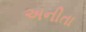
અનીતા